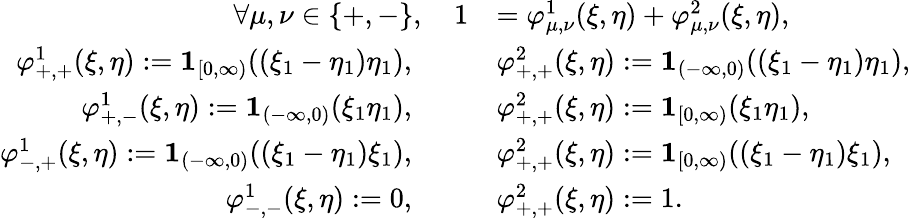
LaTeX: \begin{array}{rl}{\forall\mu,\nu\in\{ +,-\} ,\quad 1}&{=\varphi_{\mu,\nu}^{1}(\xi,\eta)+\varphi_{\mu,\nu}^{2}(\xi,\eta),}\\ {\varphi_{+,+}^{1}(\xi,\eta):=\mathbf{1}_{[0,\infty)}((\xi_{1}-\eta_{1})\eta_{1}),\qquad}&{\varphi_{+,+}^{2}(\xi,\eta):=\mathbf{1}_{(-\infty,0)}((\xi_{1}-\eta_{1})\eta_{1}),}\\ {\varphi_{+,-}^{1}(\xi,\eta):=\mathbf{1}_{(-\infty,0)}(\xi_{1}\eta_{1}),\qquad}&{\varphi_{+,+}^{2}(\xi,\eta):=\mathbf{1}_{[0,\infty)}(\xi_{1}\eta_{1}),}\\ {\varphi_{-,+}^{1}(\xi,\eta):=\mathbf{1}_{(-\infty,0)}((\xi_{1}-\eta_{1})\xi_{1}),\qquad}&{\varphi_{+,+}^{2}(\xi,\eta):=\mathbf{1}_{[0,\infty)}((\xi_{1}-\eta_{1})\xi_{1}),}\\ {\varphi_{-,-}^{1}(\xi,\eta):=0,\qquad}&{\varphi_{+,+}^{2}(\xi,\eta):=1.}\end{array}